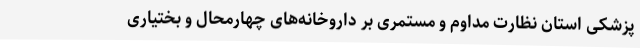
پزشکی استان نظارت مداوم و مستمری بر داروخانه‌های چهارمحال و بختیاری